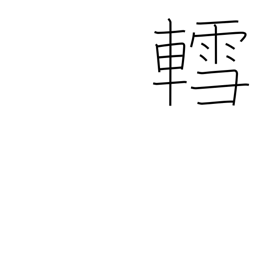
Meaning: sled